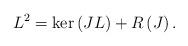
LaTeX: \begin{align*}L^{2}=\ker\left( JL\right) +R\left( J\right) . \end{align*}